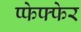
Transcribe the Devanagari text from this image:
प्फेफ्फेर